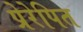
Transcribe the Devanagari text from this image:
प्रेरेपित